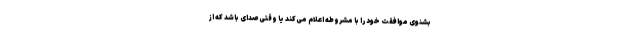
بشنوی موافقت خود را با مشروطه اعلام می‌کند یا وقتی صدای باشد که از